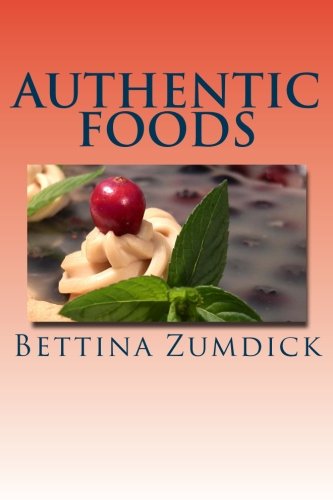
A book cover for Authentic Foods: Health Benefits of Whole Foods, Facts, Recipes and More; Bettina Zumdick; Cookbooks, Food & Wine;